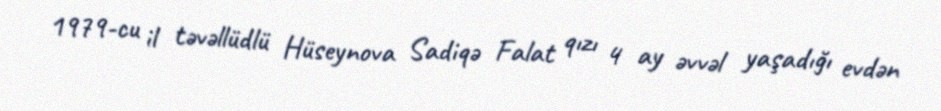
1979-cu il təvəllüdlü Hüseynova Sadiqə Falat qızı 4 ay əvvəl yaşadığı evdən